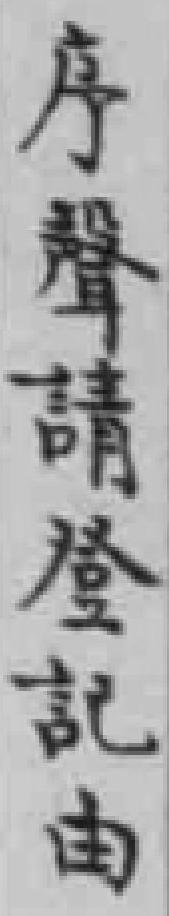
序聲請登記由